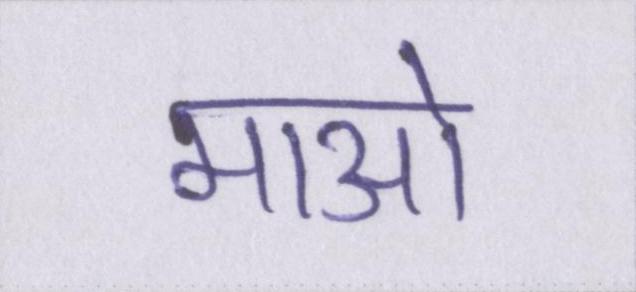
माओ